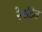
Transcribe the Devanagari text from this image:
रेमटित